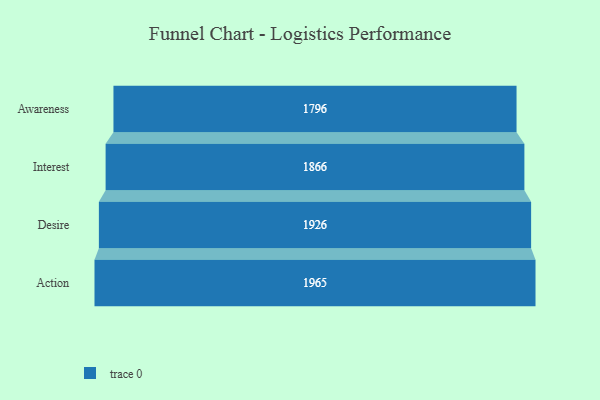
{"axis": {"x": "Stage", "y": "Value"}, "legend": [""], "data": [{"x": "Awareness", "y": 1796.0, "type": ""}, {"x": "Interest", "y": 1866.0, "type": ""}, {"x": "Desire", "y": 1926.0, "type": ""}, {"x": "Action", "y": 1965.0, "type": ""}]}